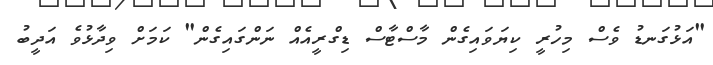
"އަޅުގަނޑު ވެސް މިހުރީ ކިޔަވައިގެން މާސްޓާސް ޑިގްރީއެއް ނަންގައިގެން" ކަމަށް ވިދާޅުވެ އަދީބު